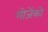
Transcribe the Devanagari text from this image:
गोजेंको